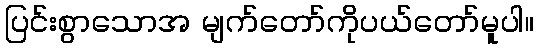
ပြင်းစွာသောအ မျက်တော်ကိုပယ်တော်မူပါ။